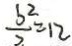
\frac { b ^ { 2 } } { 2 } = 1 2